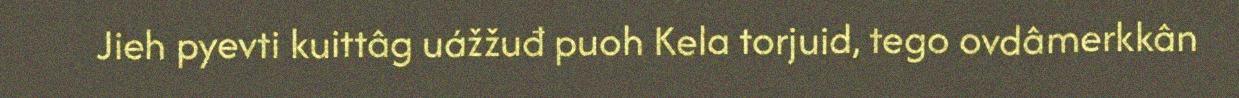
Jieh pyevti kuittâg uážžuđ puoh Kela torjuid, tego ovdâmerkkân